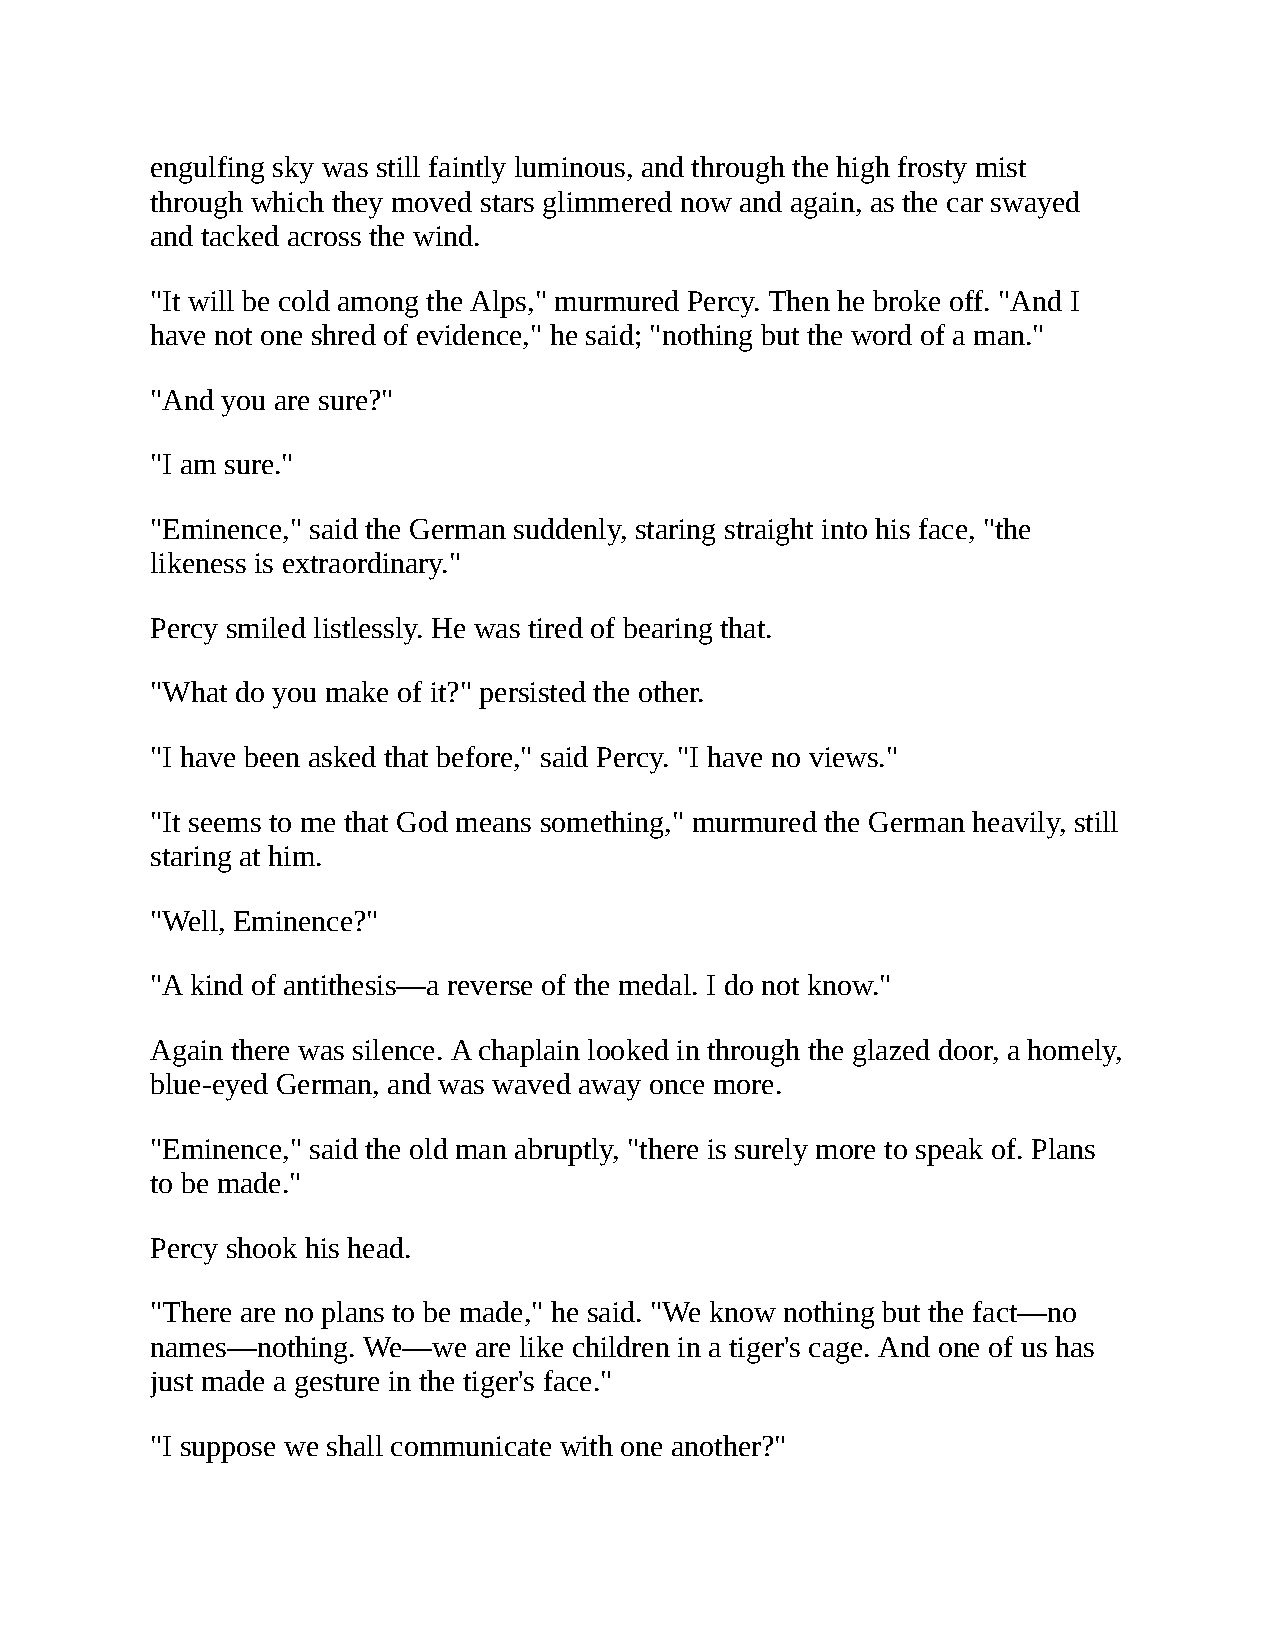
engulfing sky was still faintly luminous, and through the high frosty mist
 through which they moved stars glimmered now and again, as the car swayed
 and tacked across the wind.
 "It will be cold among the Alps," murmured Percy. Then he broke off. "And I
 have not one shred of evidence," he said; "nothing but the word of a man."
 "And you are sure?"
 "I am sure."
 "Eminence," said the German suddenly, staring straight into his face, "the
 likeness is extraordinary."
 Percy smiled listlessly. He was tired of bearing that.
 "What do you make of it?" persisted the other.
 "I have been asked that before," said Percy. "I have no views."
 "It seems to me that God means something," murmured the German heavily, still
 staring at him.
 "Well, Eminence?"
 "A kind of antithesis—a reverse of the medal. I do not know."
 Again there was silence. A chaplain looked in through the glazed door, a homely,
 blue-eyed German, and was waved away once more.
 "Eminence," said the old man abruptly, "there is surely more to speak of. Plans
 to be made."
 Percy shook his head.
 "There are no plans to be made," he said. "We know nothing but the fact—no
 names—nothing. We—we are like children in a tiger's cage. And one of us has
 just made a gesture in the tiger's face."
 "I suppose we shall communicate with one another?"